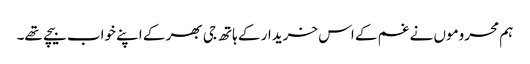
ہم محروموں نے غم کے اس خریدار کے ہاتھ جی بھر کے اپنے خواب بیچے تھے۔